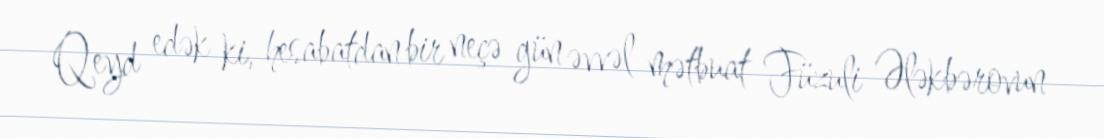
Qeyd edək ki, hesabatdan bir neçə gün əvvəl mətbuat Füzuli Ələkbərovun